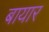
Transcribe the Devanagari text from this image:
बायार